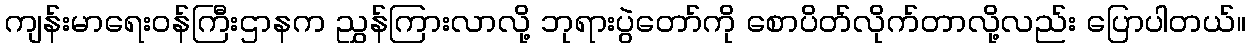
ကျန်းမာရေးဝန်ကြီးဌာနက ညွှန်ကြားလာလို့ ဘုရားပွဲတော်ကို စောပိတ်လိုက်တာလို့လည်း ပြောပါတယ်။